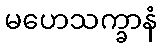
မဟေသက္ခာနံ